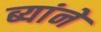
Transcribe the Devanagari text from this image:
ब्यांने